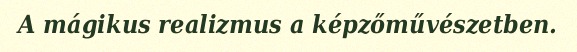
A mágikus realizmus a képzőművészetben.